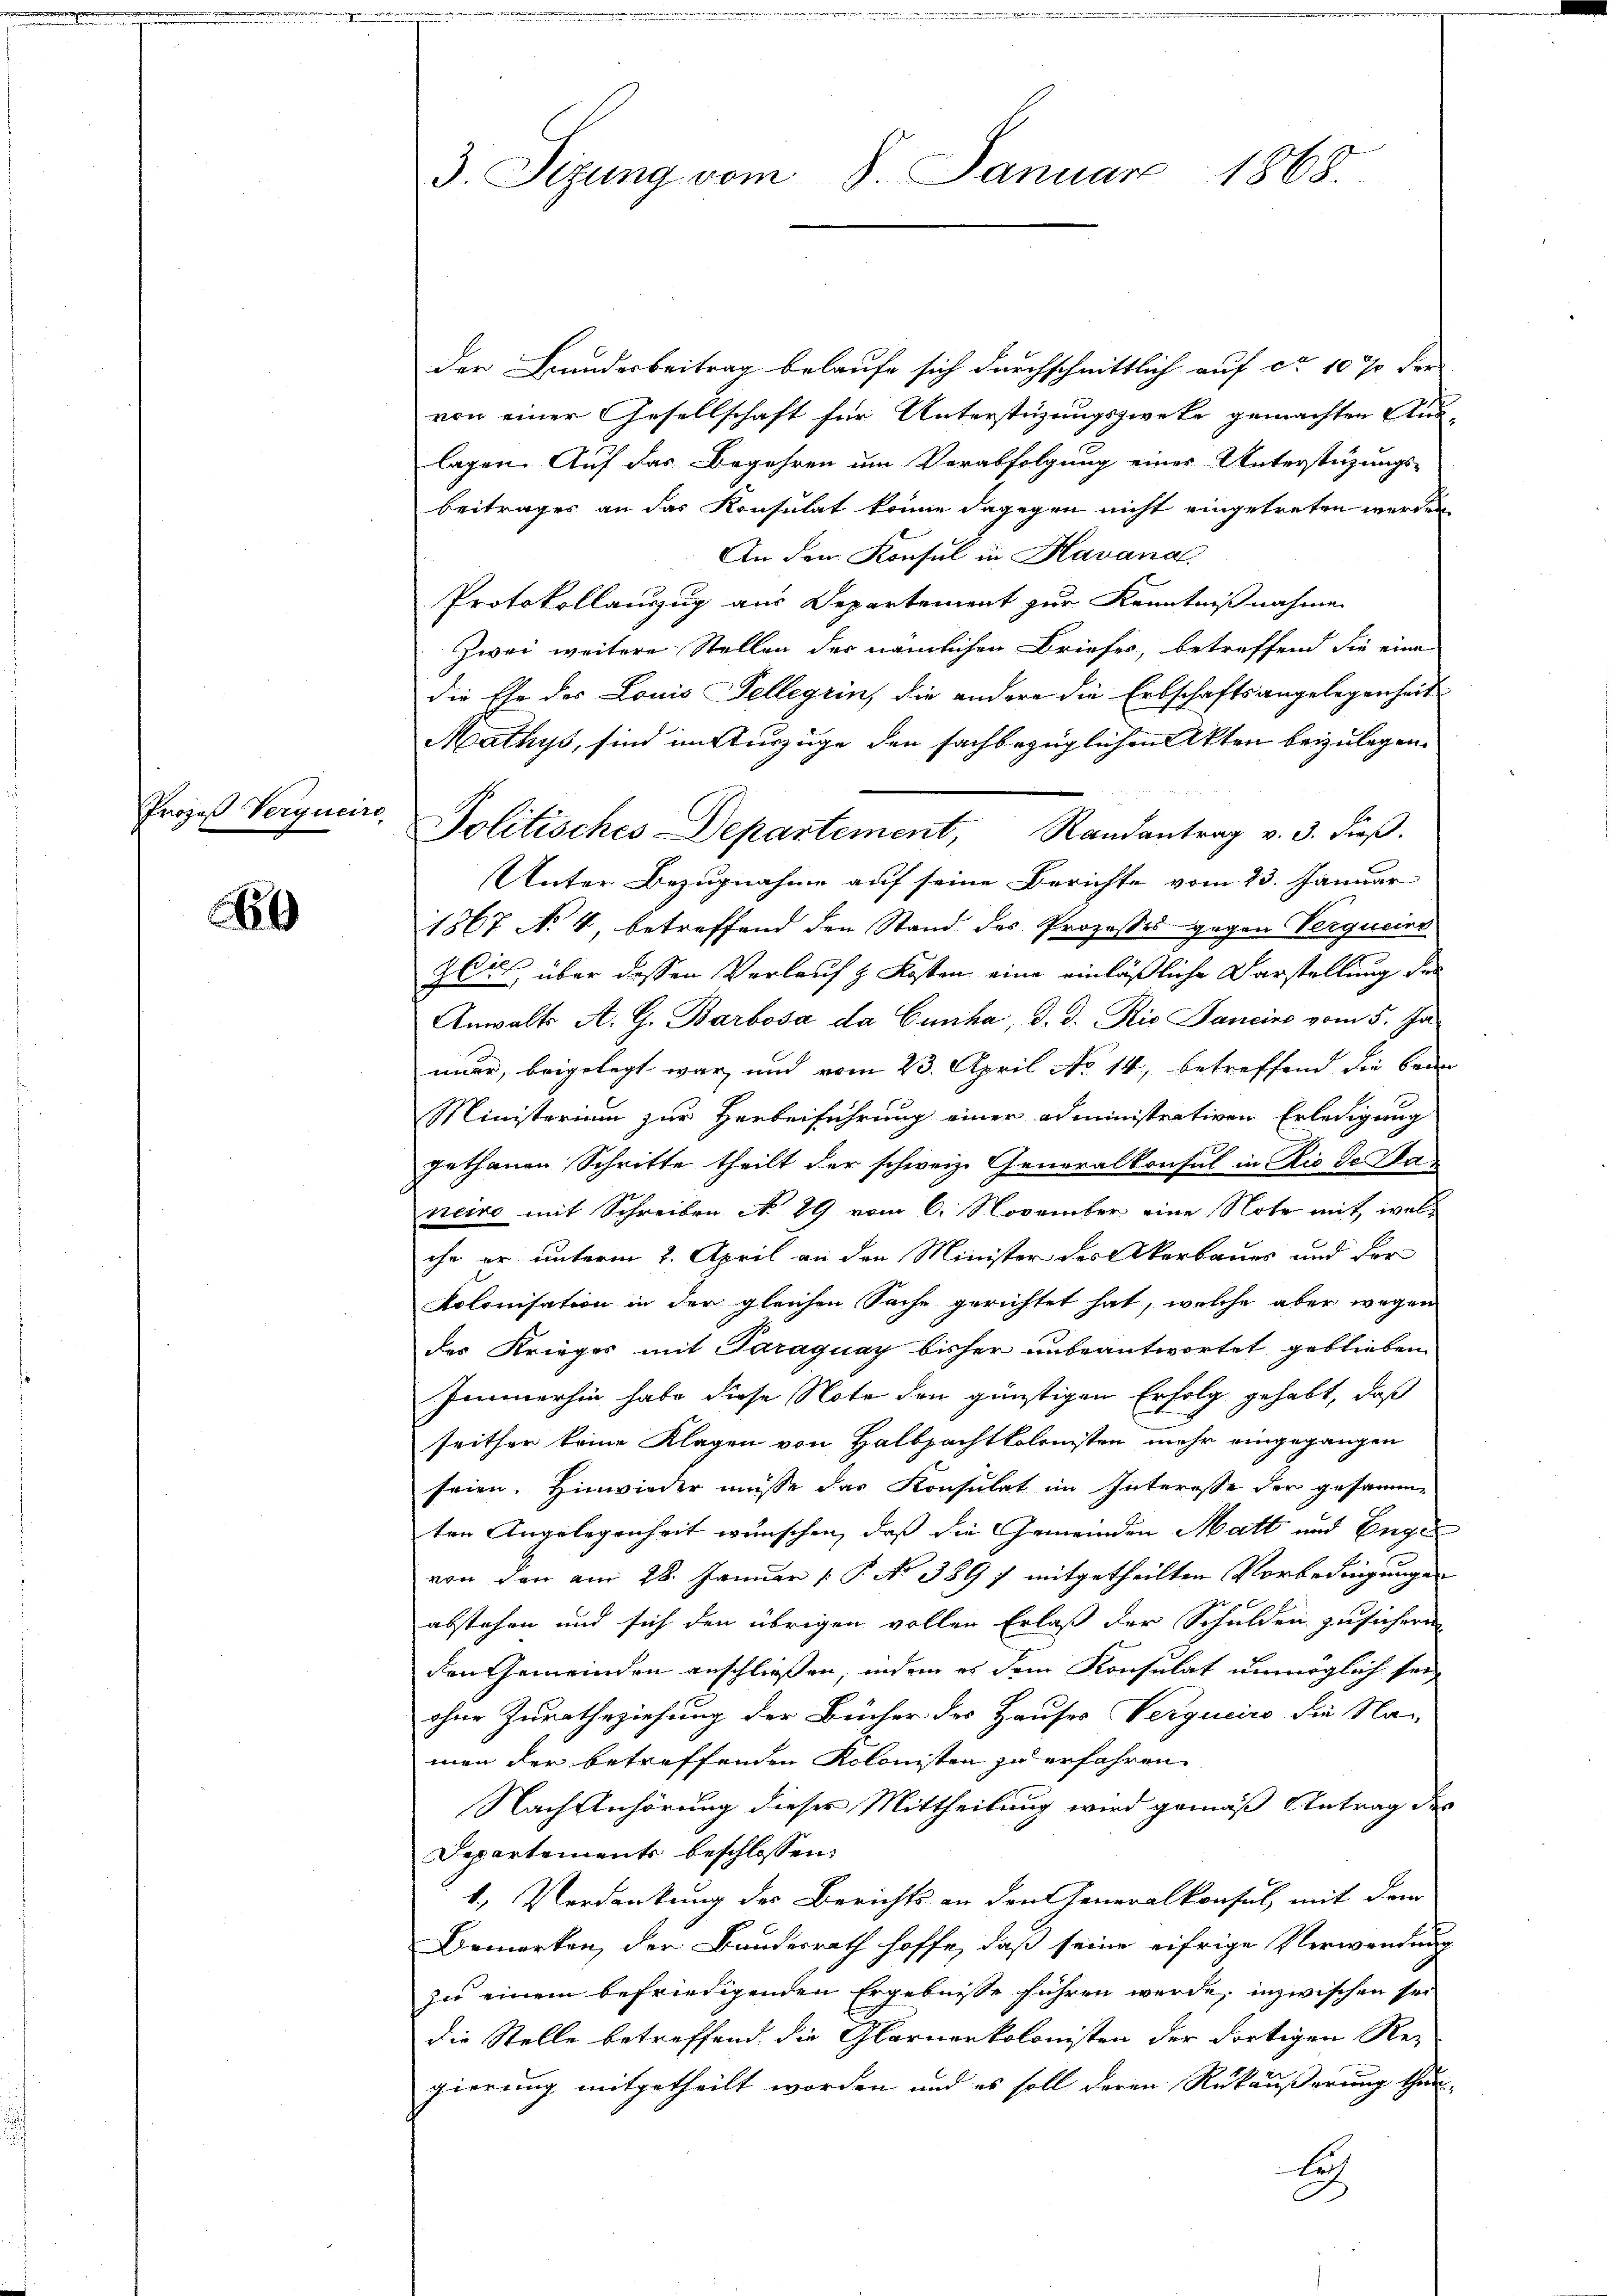
Prozeß Verqueire

b

3. Sizung vom 8. Januar 1868.

Mathys, sind im Auszüge den sachbezüglichen Akten beizulegen.
Politisches Departement, Randantrag v. 3. dieβ.

der Bundesbeitrag belaufe sich durchschnittlich auf ca 10 % dre
von einer Gesellschaft für Unterstüzungszwecke gemachten Aus
lagen. Auf das Begehren um Verabfolgung eines Unterstüzungs-
beitrages an das Konsulat könne dagegen nicht eingetreten werden
An der Konsul in Havana
Protokollanzug aus Departement zur Kenntnißnahmen
Zwei weitere Stellen der nämlichen Briefes, betreffend die eine
die Ehe des Louis Telleyrin, die andere die Erbschaftsangelegenheit
Unter Bezugnahme auf seine Berichte vom 23. Januar
1867 No 4 betreffend den Stand des Prozesses gegen Vergueins
zis über dessen Verlauf & Kosten eine einläßliche Darstellung der
Anwalts A. G. Barbosa da Cunka, d. d. Rio Janeine vom 5. Ja
mer, beigelegt war, und vom 23. April No 14, betreffend die beden
Ministerium zur Herbeiführung einer administrativen Erledigung
gethanen Schritte theilt der schweiz. Generalkonsul in Rio de Sta
neiro mit Schreiben No 89 vom 6. November eine Note mit welche er unterm 2. April an den Minister des Akerbaues und der
Kolonisation in der gleichen Sache gerichtet hat, welche aber wegen
des Krieger mit Paraguay bisher unbeantwortet geblieben
Immerhin habe diese Note den günstigen Erfolg gehabt, daß
seither keine Klagen von Halbpacht kolonisten mehr eingegangen
seien. Hinwieder müsse das Konsulat im Interesse der gesammten Angelegenheit wünschen, daß die Gemeinden Matt und Enge
von den am 28. Januar 1 P. No 389 f. mitgetheilten Vorbedingungen
abstehen und sich den übrigen vollen Erlaß der Schulden zusichern
den Gemeinden anschließen, indem es dem Konsulat unmöglich sei
ohne Zuratheziehung der Bücher des Hauses Vergneiro die Na-
men der betreffenden Kolonisten zu erfahren.
Nach Anhörung dieses Mittheilung wird gemäß Antrag des
Departements beschlossen:
1) Verdankung des Berichts an den Generalkonsul mit dem
Bemerken, der Bundesrath hoffe, daß seine eifrige Verwendung
zu einem befriedigenden Ergebnisse führen werde, inzwischen sei
die Stelle betreffend die Glarnenkolonisten der dortigen Re-
gierung mitgetheilt worden und es soll deren Rükäußerung thun¬
A